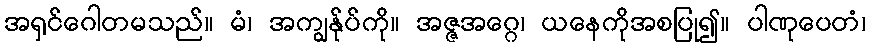
အရှင်ဂေါတမသည်။ မံ၊ အကျွန်ုပ်ကို။ အဇ္ဇအဂ္ဂေ၊ ယနေကိုအစပြု၍။ ပါဏုပေတံ၊